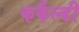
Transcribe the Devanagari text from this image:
कर्कैल्डी